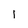
Character: l